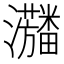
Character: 𱪓